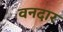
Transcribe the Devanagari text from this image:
वनदार